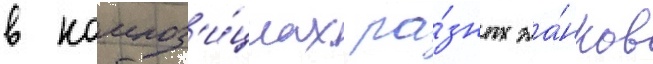
в композ'и́циах ра́зных жа́нров